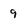
Character: 9